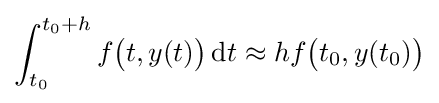
\int _{t_{0}}^{t_{0}+h}f{\bigl (}t,y(t){\bigr )}\,\mathrm {d} t\approx hf{\bigl (}t_{0},y(t_{0}){\bigr )}